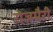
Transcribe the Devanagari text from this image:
रोजमैरी